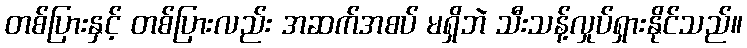
တစ်ပြားနှင့် တစ်ပြားလည်း အဆက်အစပ် မရှိဘဲ သီးသန့်လှုပ်ရှားနိုင်သည်။